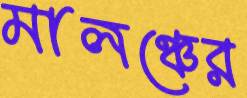
মালঞ্চের